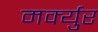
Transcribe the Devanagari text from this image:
मर्क्युर